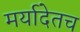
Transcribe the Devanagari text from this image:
मर्यादेतच